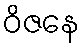
ဝိဇနေ